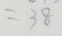
= 3 8